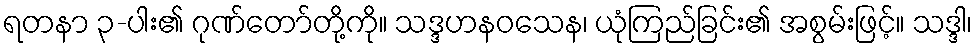
ရတနာ ၃-ပါး၏ ဂုဏ်တော်တို့ကို။ သဒ္ဒဟနဝသေန၊ ယုံကြည်ခြင်း၏ အစွမ်းဖြင့်။ သဒ္ဒါ၊